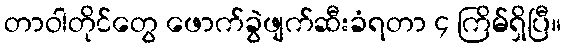
တာဝါတိုင်တွေ ဖောက်ခွဲဖျက်ဆီးခံရတာ ၄ ကြိမ်ရှိပြီ။